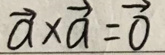
$\vec{a} \times \vec{a}=\vec{0}$